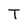
Character: T